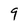
Character: 9